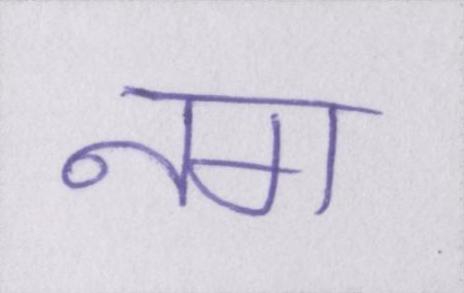
नग